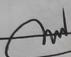
Signature authenticity: genuine